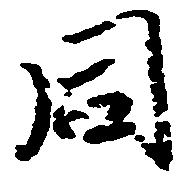
同